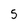
Character: 5